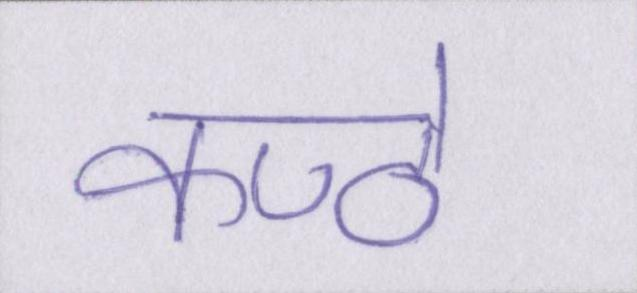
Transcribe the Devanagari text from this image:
कण्ठे